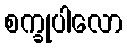
စက္ခုပါလော